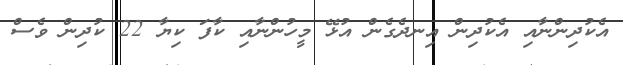
އެކުދިންނާއި އެކުދިން އިނދެގެން އުޅޭ މީހުންނާއި ކާފަ ކިޔާ 22 ކުދިން ވެސް